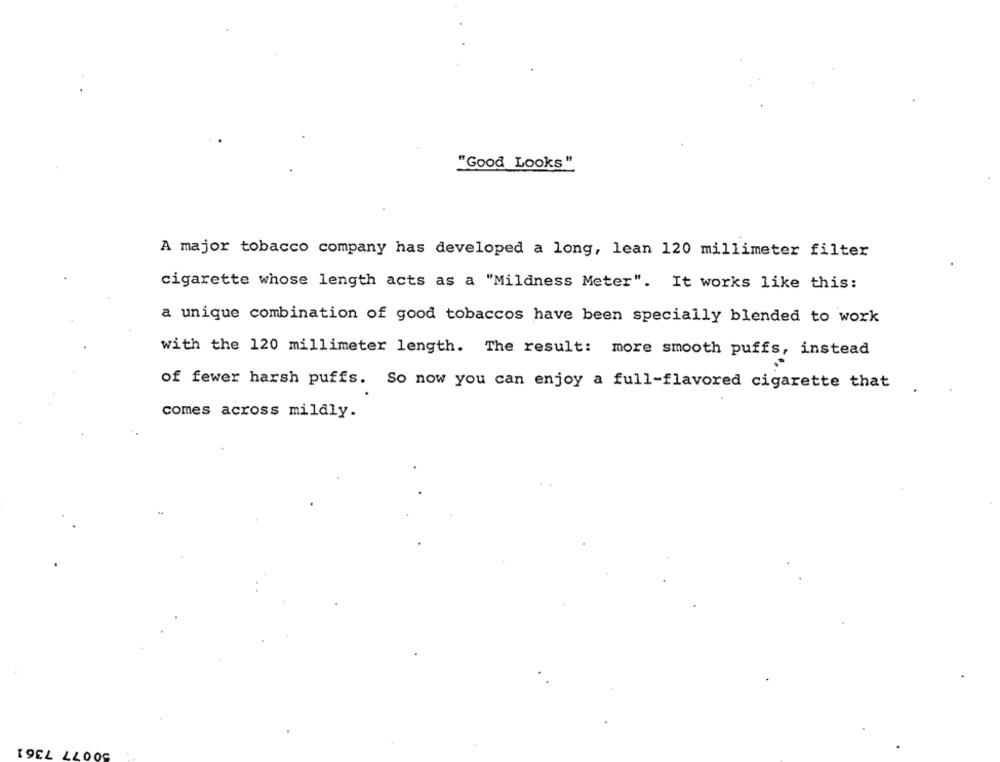
"Good Looks "
A major tobacco company has developed a long, lean 120 millimeter filter
cigarette whose length acts as a "Mildness Meter". It works like this:
a unique combination of good tobaccos have been specially blended to work
with the 120 millimeter length. The result: more smooth puffs, instead
of fewer harsh puffs. So now you can enjoy a full-flavored cigarette that
comes across mildly.
50077 7361